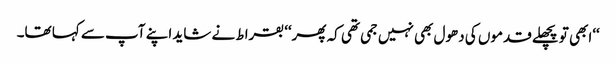
‘‘ابھی تو پچھلے قدموں کی دھول بھی نہیں جمی تھی کہ پھر‘‘ بقراط نے شاید اپنے آپ سے کہا تھا۔